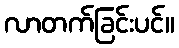
လာတက်ခြင်းပင်။